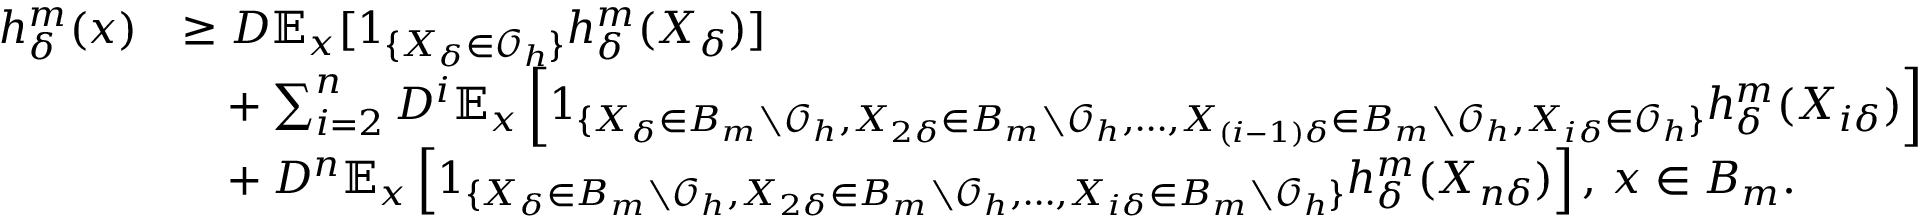
\begin{array} { r l } { h _ { \delta } ^ { m } ( x ) } & { \geq D \mathbb { E } _ { x } [ 1 _ { \{ X _ { \delta } \in \mathcal { O } _ { h } \} } h _ { \delta } ^ { m } ( X _ { \delta } ) ] } \\ & { \phantom { = } + \sum _ { i = 2 } ^ { n } D ^ { i } \mathbb { E } _ { x } \left[ 1 _ { \{ X _ { \delta } \in B _ { m } \setminus \mathcal { O } _ { h } , X _ { 2 \delta } \in B _ { m } \setminus \mathcal { O } _ { h } , \ldots , X _ { ( i - 1 ) \delta } \in B _ { m } \setminus \mathcal { O } _ { h } , X _ { i \delta } \in \mathcal { O } _ { h } \} } h _ { \delta } ^ { m } ( X _ { i \delta } ) \right] } \\ & { \phantom { = } + D ^ { n } \mathbb { E } _ { x } \left[ 1 _ { \{ X _ { \delta } \in B _ { m } \setminus \mathcal { O } _ { h } , X _ { 2 \delta } \in B _ { m } \setminus \mathcal { O } _ { h } , \ldots , X _ { i \delta } \in B _ { m } \setminus \mathcal { O } _ { h } \} } h _ { \delta } ^ { m } ( X _ { n \delta } ) \right] , \, x \in B _ { m } . } \end{array}